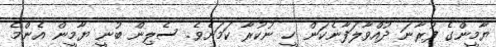
ޔާމީންގެ ފުރާނަ ދުއްވާލަފާނެކަން ހީ ނުކުރާ ކަމަށެވެ. ސެލިން ބުނީ ޔާމީން އެންމެ